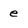
Character: e